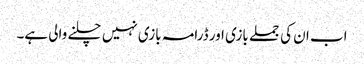
اب ان کی جملے بازی اور ڈرامہ بازی نہیں چلنے والی ہے۔